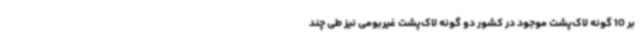
بر 10 گونه لاک‌پشت موجود در کشور دو گونه لاک‌پشت غیربومی نیز طی چند